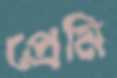
প্রেমি